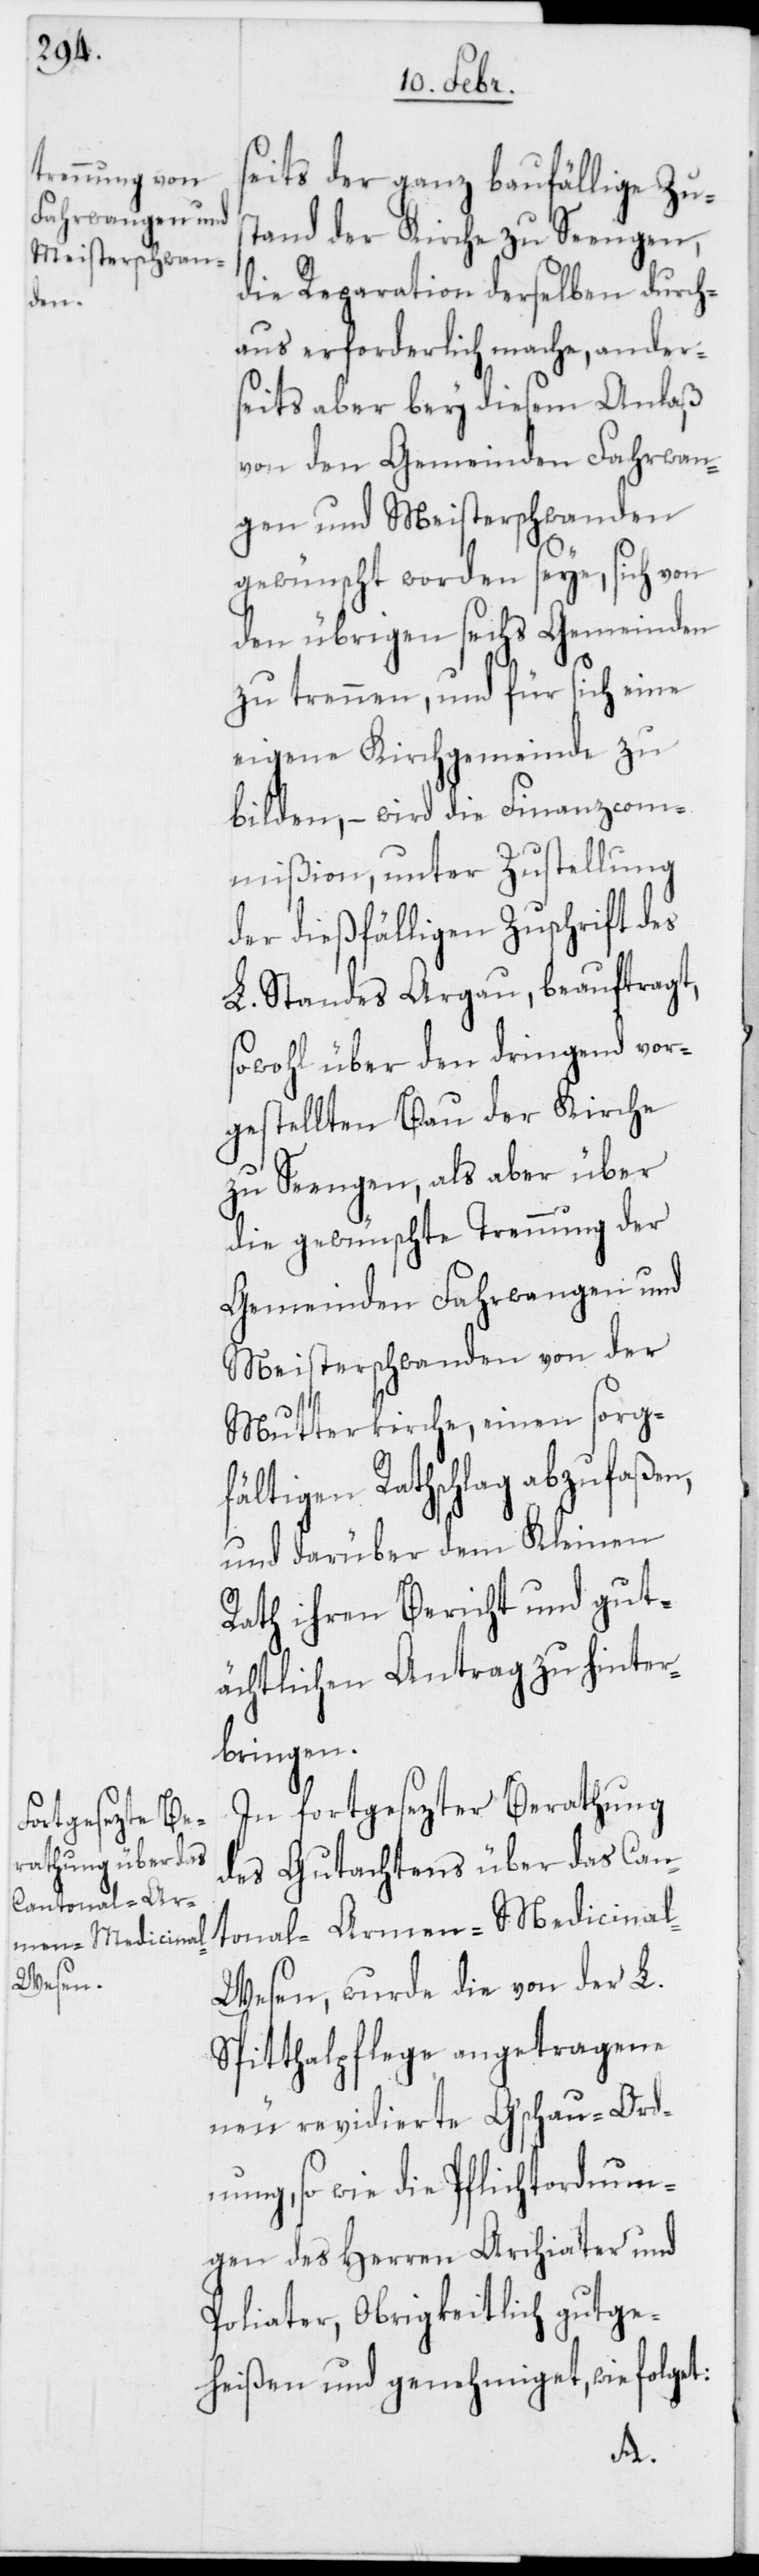
seits der ganz baufällige Zus¬
tand der Kirche zu Seengen,
die Reparation derselben durch¬
aus erforderlich mache, ander¬
seits aber bey diesem Anlaß
von den Gemeinden Fahrwan¬
gen und Meisterschwanden
gewünscht worden seye, sich von
den übrigen sechs Gemeinden
zu trennen, und für sich eine
eigene Kirchgemeinde zu
bilden, – wird die Finanzcom¬
mißion, unter Zustellung
der dießfälligen Zuschrift des
L. Standes Argau beauftragt,
sowohl über den dringend vor¬
gestellten Bau der Kirche
zu Seengen, als aber über
die gewünschte Trennung der
Gemeinden Fahrwangen und
Meisterschwanden von der
Mutterkirche, einen sorg¬
fältigen Ratschlag abzufaßen,
und darüber dem Kleinen
Rath ihren Bericht und gut¬
ächtlichen Antrag zu hinter¬
bringen.
In fortgesezter Berathung
des Gutachtens über das Can¬
tonal-Armen-Medicina¬
l-Wesen, wurde die von der L.
Spitthalpflege angetragene
neu revidierte Gschau-Ord¬
nung, so wie die Pflichtordnun¬
gen des Herren Archiater und
Poliater, Obrigkeitlich gutge¬
heißen und genehmiget, wie folgt: